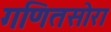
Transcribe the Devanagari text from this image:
गणितसोरा